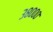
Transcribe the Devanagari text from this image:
३८०००